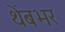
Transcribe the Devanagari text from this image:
थेंबभर